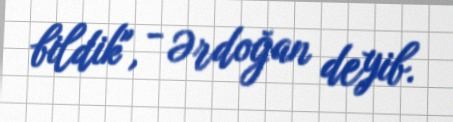
bildik", - Ərdoğan deyib.